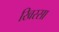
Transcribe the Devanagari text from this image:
खिस्‍सा